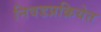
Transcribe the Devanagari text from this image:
निवडप्रक्रियेत